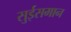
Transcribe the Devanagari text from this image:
सुईसमान